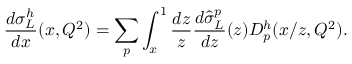
\frac { d \sigma _ { L } ^ { h } } { d x } ( x , Q ^ { 2 } ) = \sum _ { p } \int _ { x } ^ { 1 } \frac { d z } { z } \frac { d \hat { \sigma } _ { L } ^ { p } } { d z } ( z ) D _ { p } ^ { h } ( x / z , Q ^ { 2 } ) .